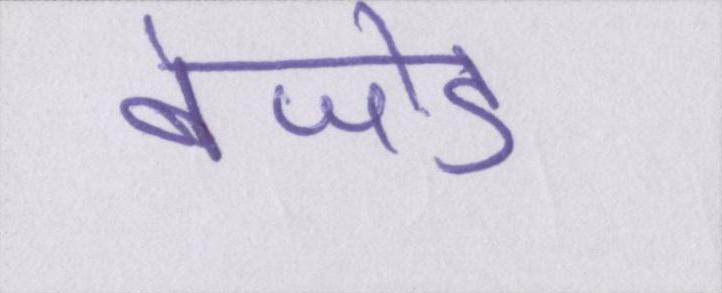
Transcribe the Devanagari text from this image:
बेजोड